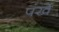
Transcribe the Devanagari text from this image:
पंखें